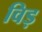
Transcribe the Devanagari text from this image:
विड़